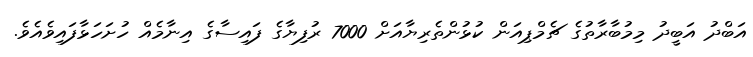
އަބްދު އަބީދު މިމުބާރާތުގެ ޗެމްޕިއަން ކުޅުންތެރިޔާއަށް 7000 ރުފިޔާގެ ފައިސާގެ އިނާމެއް ހުށަހަޅާފައިވެއެވެ.